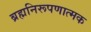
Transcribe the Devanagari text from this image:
ब्रह्मनिरूपणात्मक